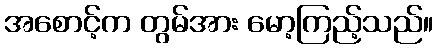
အစောင့်က တွမ်အား မော့ကြည့်သည်။